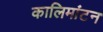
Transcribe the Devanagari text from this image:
कालिमांटन